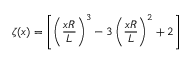
\zeta ( x ) = \left[ \left( \frac { x R } { L } \right) ^ { 3 } - 3 \left( \frac { x R } { L } \right) ^ { 2 } + 2 \right]